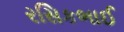
રસિકભાઈ